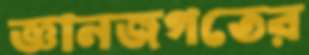
জ্ঞানজগতের